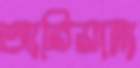
আরিয়ানা